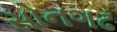
સોનગઢ